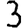
Digit: 3